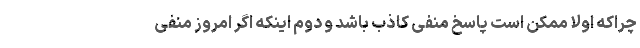
چراکه اولا ممکن است پاسخ منفی کاذب باشد و دوم اینکه اگر امروز منفی